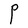
Character: P